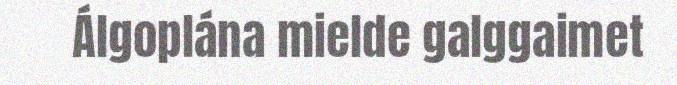
Álgoplána mielde galggaimet